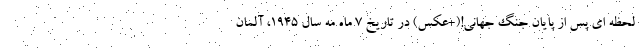
لحظه ای پس از پایان جنگ جهانی!(+عکس) در تاریخ 7 ماه مه سال 1945، آلمان